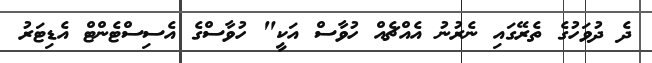
ދެ ދުވަހުގެ ތެރޭގައި ނެރުނު އެއްޗެއް ހުވާސް އަކީ" ހުވާސްގެ އެސިސްޓެންޓް އެޑިޓަރު